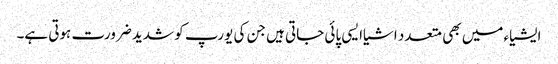
ایشیاء میں بھی متعدد اشیاایسی پائی جاتی ہیں جن کی یورپ کو شدید ضرورت ہوتی ہے۔